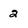
Character: 2